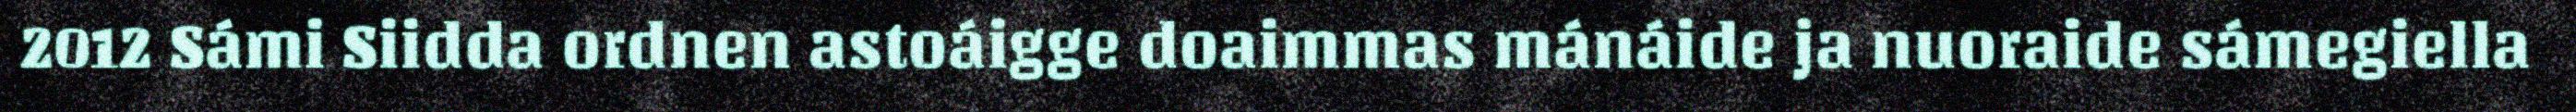
2012 Sámi Siidda ordnen astoáigge doaimmas mánáide ja nuoraide sámegiella